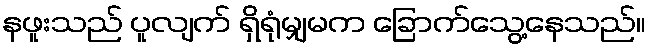
နဖူးသည် ပူလျက် ရှိရုံမျှမက ခြောက်သွေ့နေသည်။